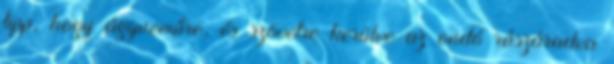
tipp, hogy ágyneműre, és szövetre kerülve az ondó rászáradva